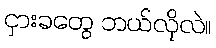
ငှားခတွေ ဘယ်လိုလဲ။